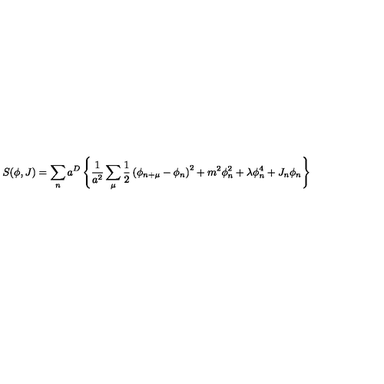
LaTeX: S ( \phi , J ) = \sum _ { n } a ^ { D } \left\{ \frac { 1 } { a ^ { 2 } } \sum _ { \mu } \frac { 1 } { 2 } \left( \phi _ { n + \mu } - \phi _ { n } \right) ^ { 2 } + m ^ { 2 } \phi _ { n } ^ { 2 } + \lambda \phi _ { n } ^ { 4 } + J _ { n } \phi _ { n } \right\}